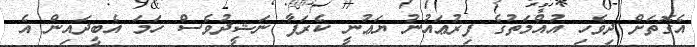
އެގޮތަށް ދިވެހި އުއްމަތުގެ ފިރުޢައުނު ޔަޢުނީ ކެރަފާ ނަޝީދުވެސް ހަމަ އެބީދައިން އެ